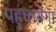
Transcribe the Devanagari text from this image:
पहुंचायेगा